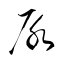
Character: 尿